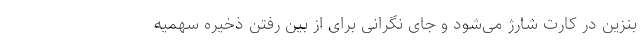
بنزین در کارت شارژ می‌شود و جای نگرانی برای از بین رفتن ذخیره سهمیه